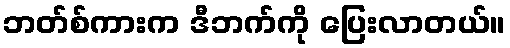
ဘတ်စ်ကားက ဒီဘက်ကို ပြေးလာတယ်။